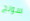
سونج